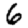
Digit: 6